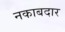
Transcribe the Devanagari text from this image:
नकाबदार